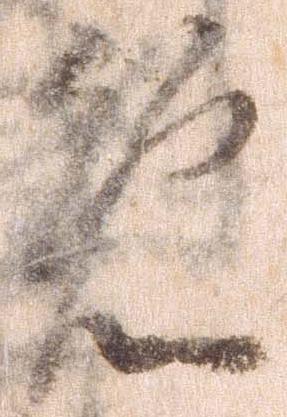
免